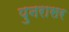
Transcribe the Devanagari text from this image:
पुनरासर